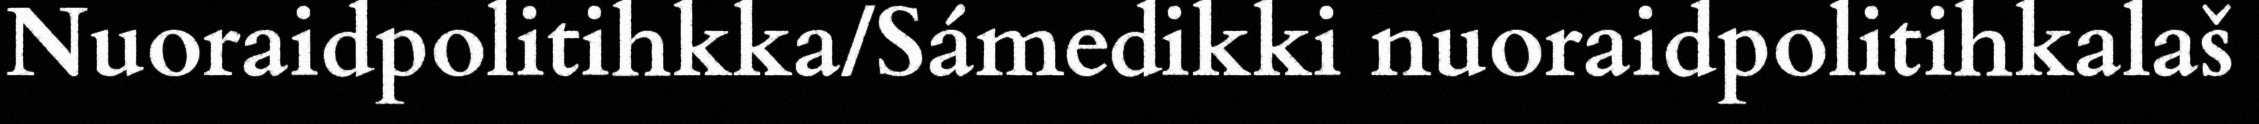
Nuoraidpolitihkka/Sámedikki nuoraidpolitihkalaš